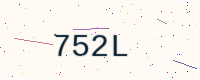
Text: 752L